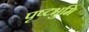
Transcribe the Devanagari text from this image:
पृष्टभुमि